Report of the Municipal Commissioner on the plague in Bombay for the year ending 31st May... - Volume 1
Disease focus: Plague
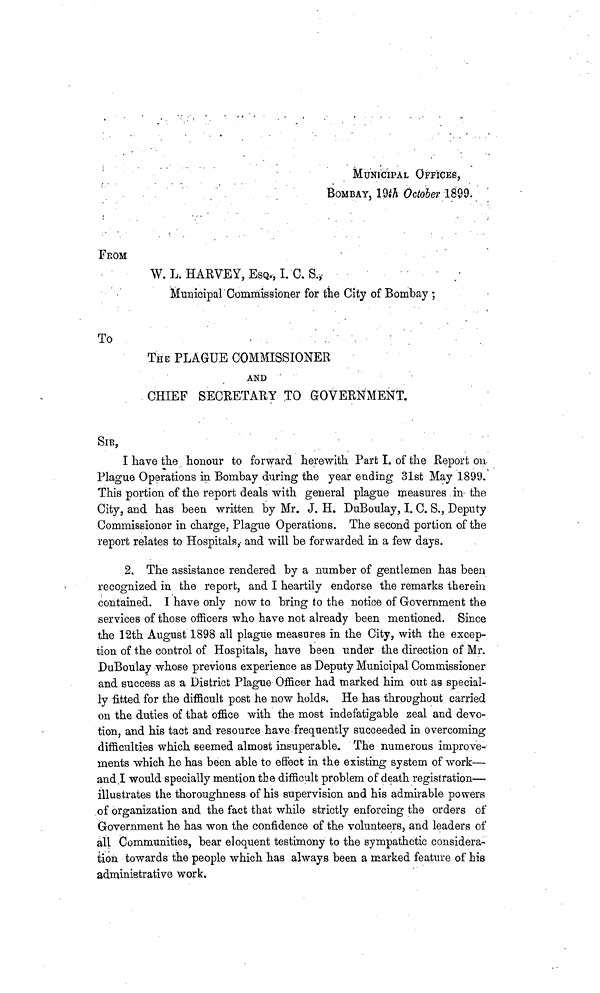
MUNICIPAL OFFICES,
BOMBAY, 19th October 1899.
FROM
W. L. HARVEY, ESQ., I. C. S.,
Municipal Commissioner for the City of Bombay ;
To
THE PLAGUE COMMISSIONER
AND
CHIEF SECRETARY TO GOVERNMENT.
SIR,
I have the honour to forward herewith Part I. of the Report on
Plague Operations in Bombay during the year ending 31st May 1899.
This portion of the report deals with general plague measures in the
City, and has been written by Mr. J. H. DuBoulay, I. C. S., Deputy
Commissioner in charge, Plague Operations. The second portion of the
report relates to Hospitals, and will be forwarded in a few days.
2. The assistance rendered by a number of gentlemen has been
recognized in the report, and I heartily endorse the remarks therein
contained. I have only now to bring to the notice of Government the
services of those officers who have not already been mentioned. Since
the 12th August 1898 all plague measures in the City, with the excep-
tion of the control of Hospitals, have been under the direction of Mr.
DuBoulay whose previous experience as Deputy Municipal Commissioner
and success as a District Plague Officer had marked him out as special-
ly fitted for the difficult post he now holds. He has throughout carried
on the duties of that office with the most indefatigable zeal and devo-
tion, and his tact and resource have frequently succeeded in overcoming
difficulties which seemed almost insuperable. The numerous improve-
ments which he has been able to effect in the existing system of work—
and I would specially mention the difficult problem of death registration—
illustrates the thoroughness of his supervision and his admirable powers
of organization and the fact that while strictly enforcing the orders of
Government he has won the confidence of the volunteers, and leaders of
all Communities, bear eloquent testimony to the sympathetic considera-
tion towards the people which has always been a marked feature of his
administrative work.